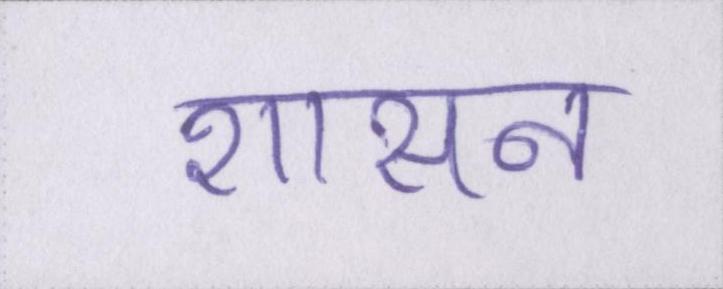
शासन